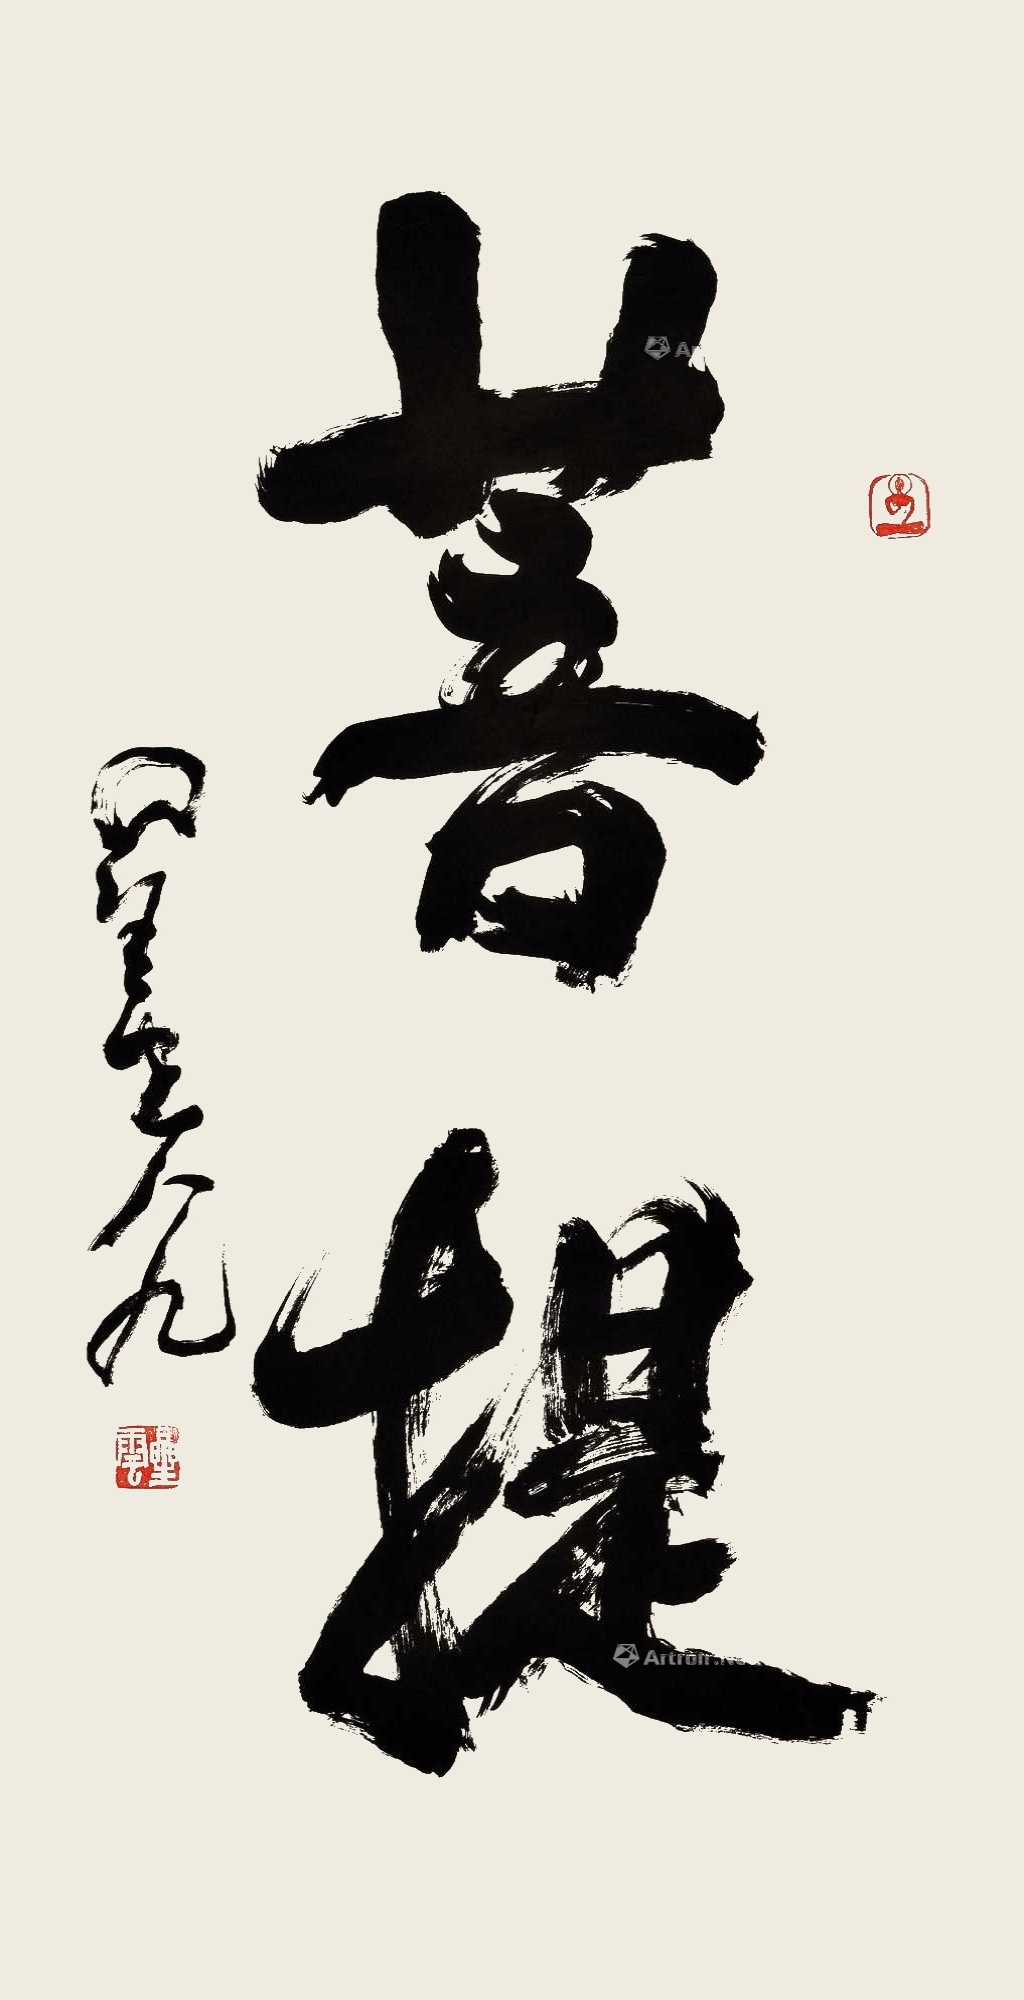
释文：菩提星云八九